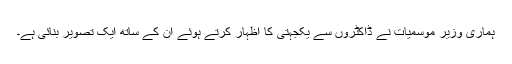
ہماری وزیر موسمیات نے ڈاکٹروں سے یکجہتی کا اظہار کرتے ہوئے ان کے ساتھ ایک تصویر بنائی ہے۔